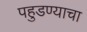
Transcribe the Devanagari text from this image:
पहुडण्याचा